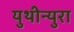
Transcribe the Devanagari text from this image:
युथीन्युरा